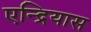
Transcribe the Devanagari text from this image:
एन्द्रियास